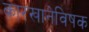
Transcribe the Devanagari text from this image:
कारखानेविषक